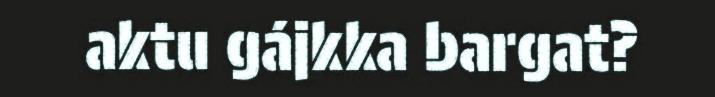
aktu gájkka bargat?